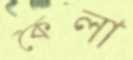
কৈলা